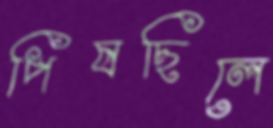
পিষছিলে